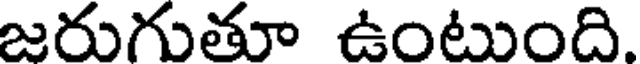
జరుగుతూ ఉంటుంది.